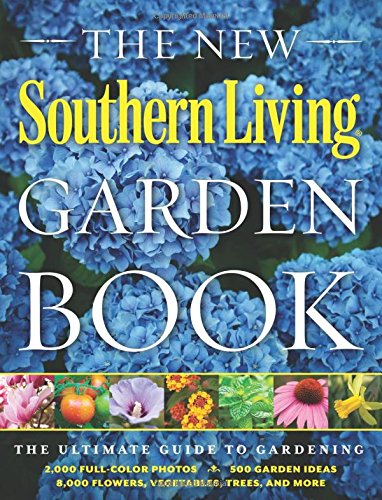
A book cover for The New Southern Living Garden Book: The Ultimate Guide to Gardening; The Editors of Southern Living Magazine; Crafts, Hobbies & Home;